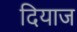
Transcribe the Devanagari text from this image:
दियाज